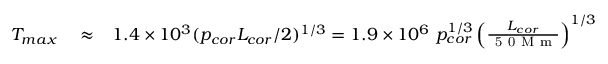
\begin{array} { r l r } { T _ { m a x } } & { { } \approx } & { 1 . 4 \times 1 0 ^ { 3 } ( p _ { c o r } L _ { c o r } / 2 ) ^ { 1 / 3 } = 1 . 9 \times 1 0 ^ { 6 } ~ p _ { c o r } ^ { 1 / 3 } \left( \frac { L _ { c o r } } { \mathrm { ~ 5 ~ 0 ~ M ~ m ~ } } \right) ^ { 1 / 3 } ~ ~ ~ ~ \mathrm { K } , } \end{array}